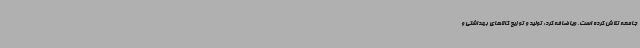
جامعه تلاش کرده است. ویاضافه کرد: تولید و توزیع کالاهای بهداشتی و